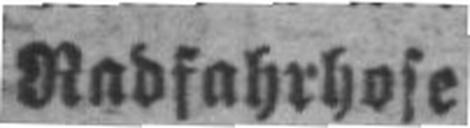
Radfahrhose